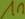
Text: 1n